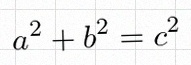
a^2+b^2=c^2